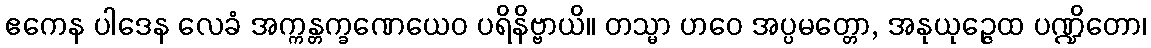
ဧကေန ပါဒေန လေခံ အက္ကန္တက္ခဏေယေဝ ပရိနိဗ္ဗာယိ။ တသ္မာ ဟဝေ အပ္ပမတ္တော, အနုယုဉ္ဇေထ ပဏ္ဍိတော၊